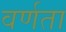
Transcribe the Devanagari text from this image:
वर्णता